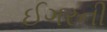
ઈગરની